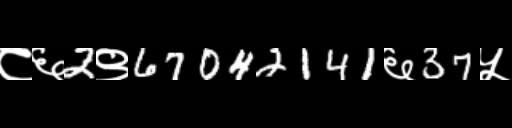
Text: ८६2९67042141६37५